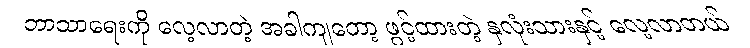
ဘာသာရေးကို လေ့လာတဲ့ အခါကျတော့ ဖွင့်ထားတဲ့ နှလုံးသားနှင့် လေ့လာတယ်